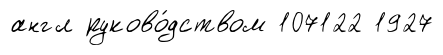
англ руково́дством 107122 1927